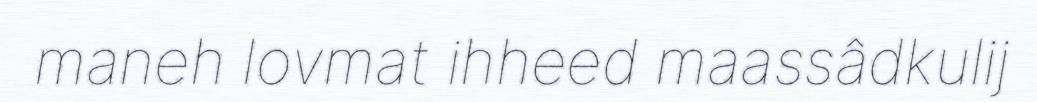
maneh lovmat ihheed maassâdkulij